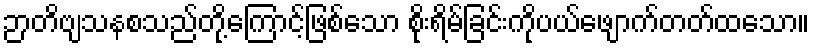
ဉာတိဗျသနစသည်တို့ကြောင့်ဖြစ်သော စိုးရိမ်ခြင်းကိုပယ်ဖျောက်တတ်ထသော။